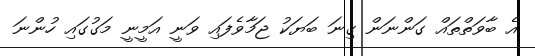
އެ ބާވަތްތައް ގަންނަން ގިނަ ބަޔަކު ޖަމާވެފައި ވަނީ އަމީނީ މަގުގައި ހުންނަ